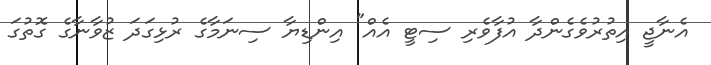
އެނާޖީ އިތުރުވެގެންދާ އުފާވެރި ސިޓީ އެއް" އިންޑިޔާ ސިނަމާގެ ރުޅިގަދަ ޒުވާނާގެ ގޮތުގަ